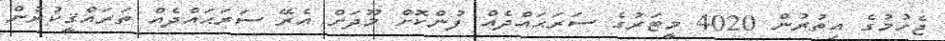
ޖެހުމުގެ އިތުރުން 4020 މީޓަރުގެ ސަރަޙައްދެއް ފުންކޮށް މޫދަށް އެރޭ ސަރަޙައްދެއް ތަރައްޤީކުރުން